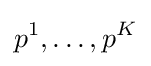
p^{1},\dots ,p^{K}